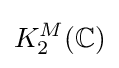
K_{2}^{M}(\mathbb {C} )